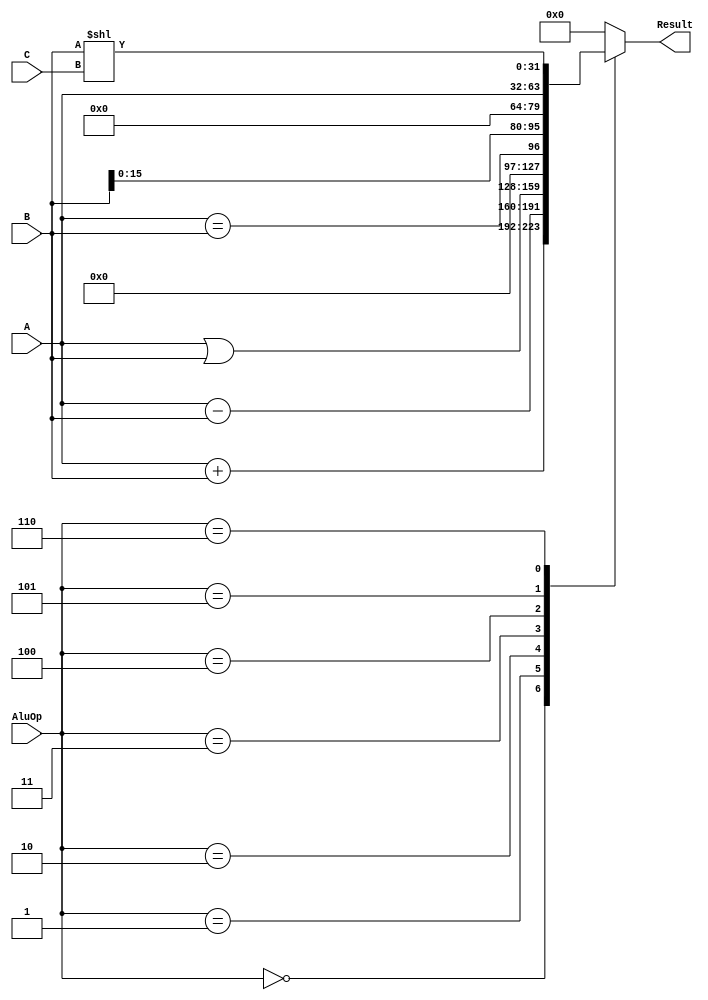
`timescale 1ns / 1ps
// 
// always
module ALU(
	 input [3:0] AluOp, 						// Alu
    input [31:0] A, 							// 321
    input [31:0] B, 							// 322
    input [4:0] C, 							// 5
    output reg [31:0] Result 				// 32
    );
	 
	 always @(*)begin
		case(AluOp)
			0:										// add : addu, lw, sw
				begin Result = A + B; end
			1:										// sub: subu
				begin Result = A - B; end
			2:										// or : ori
				begin Result = A | B; end				
			3:										// logic compare '=': beq
				begin Result = (A==B); end
			4:										// shift16: lui
				begin Result = B << 16; end
			5:										// =A : jr
				begin Result = A; end
			6:										// left shift : sll
				begin Result = B << C; end
			default:
				begin Result = 0; end
		endcase
	 end


endmodule